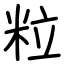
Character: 粒